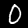
Digit: 0